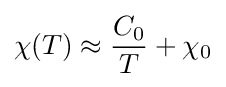
\chi (T)\approx {\frac {C_{0}}{T}}+\chi _{0}